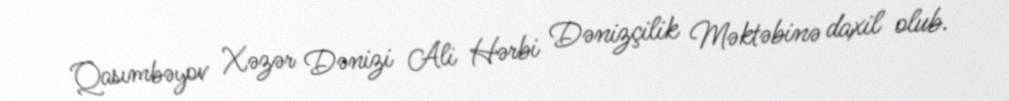
Qasımbəyov Xəzər Dənizi Ali Hərbi Dənizçilik Məktəbinə daxil olub.